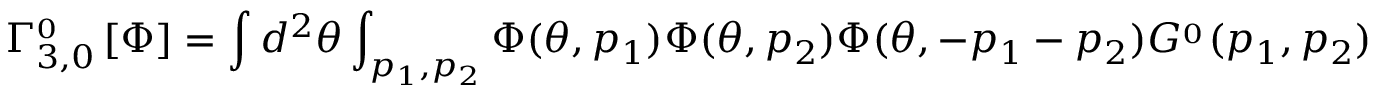
\Gamma _ { 3 , 0 } ^ { \L \L _ { 0 } } \left[ \Phi \right] = \int d ^ { 2 } \theta \int _ { p _ { 1 } , p _ { 2 } } \Phi ( \theta , p _ { 1 } ) \Phi ( \theta , p _ { 2 } ) \Phi ( \theta , - p _ { 1 } - p _ { 2 } ) G ^ { \L \L _ { 0 } } ( p _ { 1 } , p _ { 2 } )